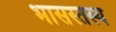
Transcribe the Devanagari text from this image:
भासस्तस्य